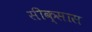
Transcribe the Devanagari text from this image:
सीक्सास